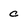
Character: c